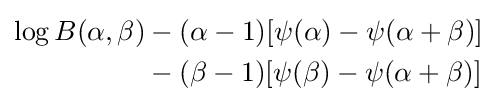
{\begin{aligned}\log B(\alpha ,\beta )&-(\alpha -1)[\psi (\alpha )-\psi (\alpha +\beta )]\\&-(\beta -1)[\psi (\beta )-\psi (\alpha +\beta )]\end{aligned}}